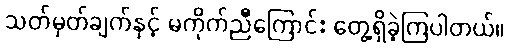
သတ်မှတ်ချက်နှင့် မကိုက်ညီကြောင်း တွေ့ရှိခဲ့ကြပါတယ်။